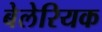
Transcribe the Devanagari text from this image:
बेलेरियक